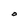
Character: O